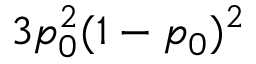
3 p _ { 0 } ^ { 2 } ( 1 - p _ { 0 } ) ^ { 2 }